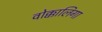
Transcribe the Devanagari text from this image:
वोक्कालिगा